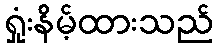
ရှုံးနိမ့်ထားသည်